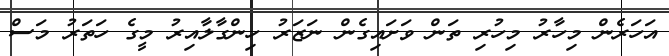
އަހަރެން މިހާރު މިހުރި ތަން ވަށައިގެން ނަޒަރު ހިންގާލާއިރު މީގެ ހަތަރު މަސް